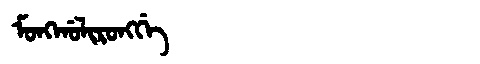
Manchu: ᠮᠣᠩᡤᠣᠯᡳᡵᠣᠩᡤᡝ
Romanization: MONGGOLIRONGGE